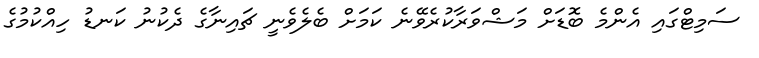
ސަމިޓްގައި އެންމެ ބޮޑަށް މަޝްވަރާކުރެވޭނެ ކަމަށް ބެލެވެނީ ޗައިނާގެ ދެކުނު ކަނޑު ހިއްކުމުގެ